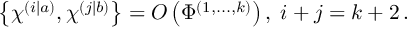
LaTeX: \left\{ \chi ^ { \left( i | a \right) } , \chi ^ { \left( j | b \right) } \right\} = O \left( \Phi ^ { \left( 1 , . . . , k \right) } \right) , \; i + j = k + 2 \, .